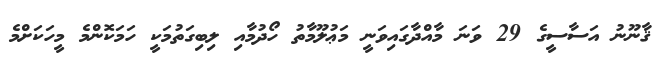
ޤާނޫނު އަސާސީގެ 29 ވަނަ މާއްދާގައިވަނީ މަޢުލޫމާތު ހޯދުމާއި ލިބިގަތުމަކީ ހަމަކޮންމެ މީހަކަށްމެ